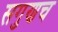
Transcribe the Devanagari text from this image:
सगुणच